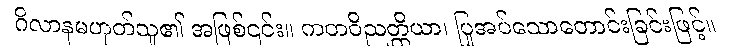
ဂိလာနမဟုတ်သူ၏ အဖြစ်၎င်း။ ကတဝိညတ္တိယာ၊ ပြုအပ်သောတောင်းခြင်းဖြင့်။